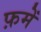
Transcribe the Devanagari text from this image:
फ़में